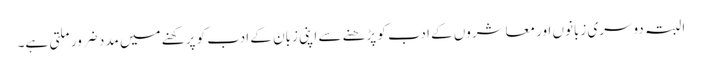
البتہ دوسری زبانوں اور معاشروں کے ادب کو پڑھنے سے اپنی زبان کے ادب کو پرکھنے میں مدد ضرور ملتی ہے۔